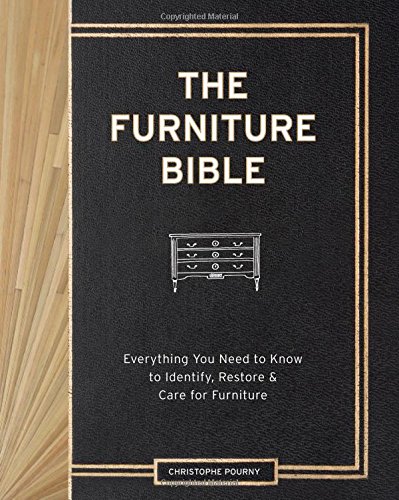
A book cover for The Furniture Bible: Everything You Need to Know to Identify, Restore & Care for Furniture; Christophe Pourny; Crafts, Hobbies & Home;